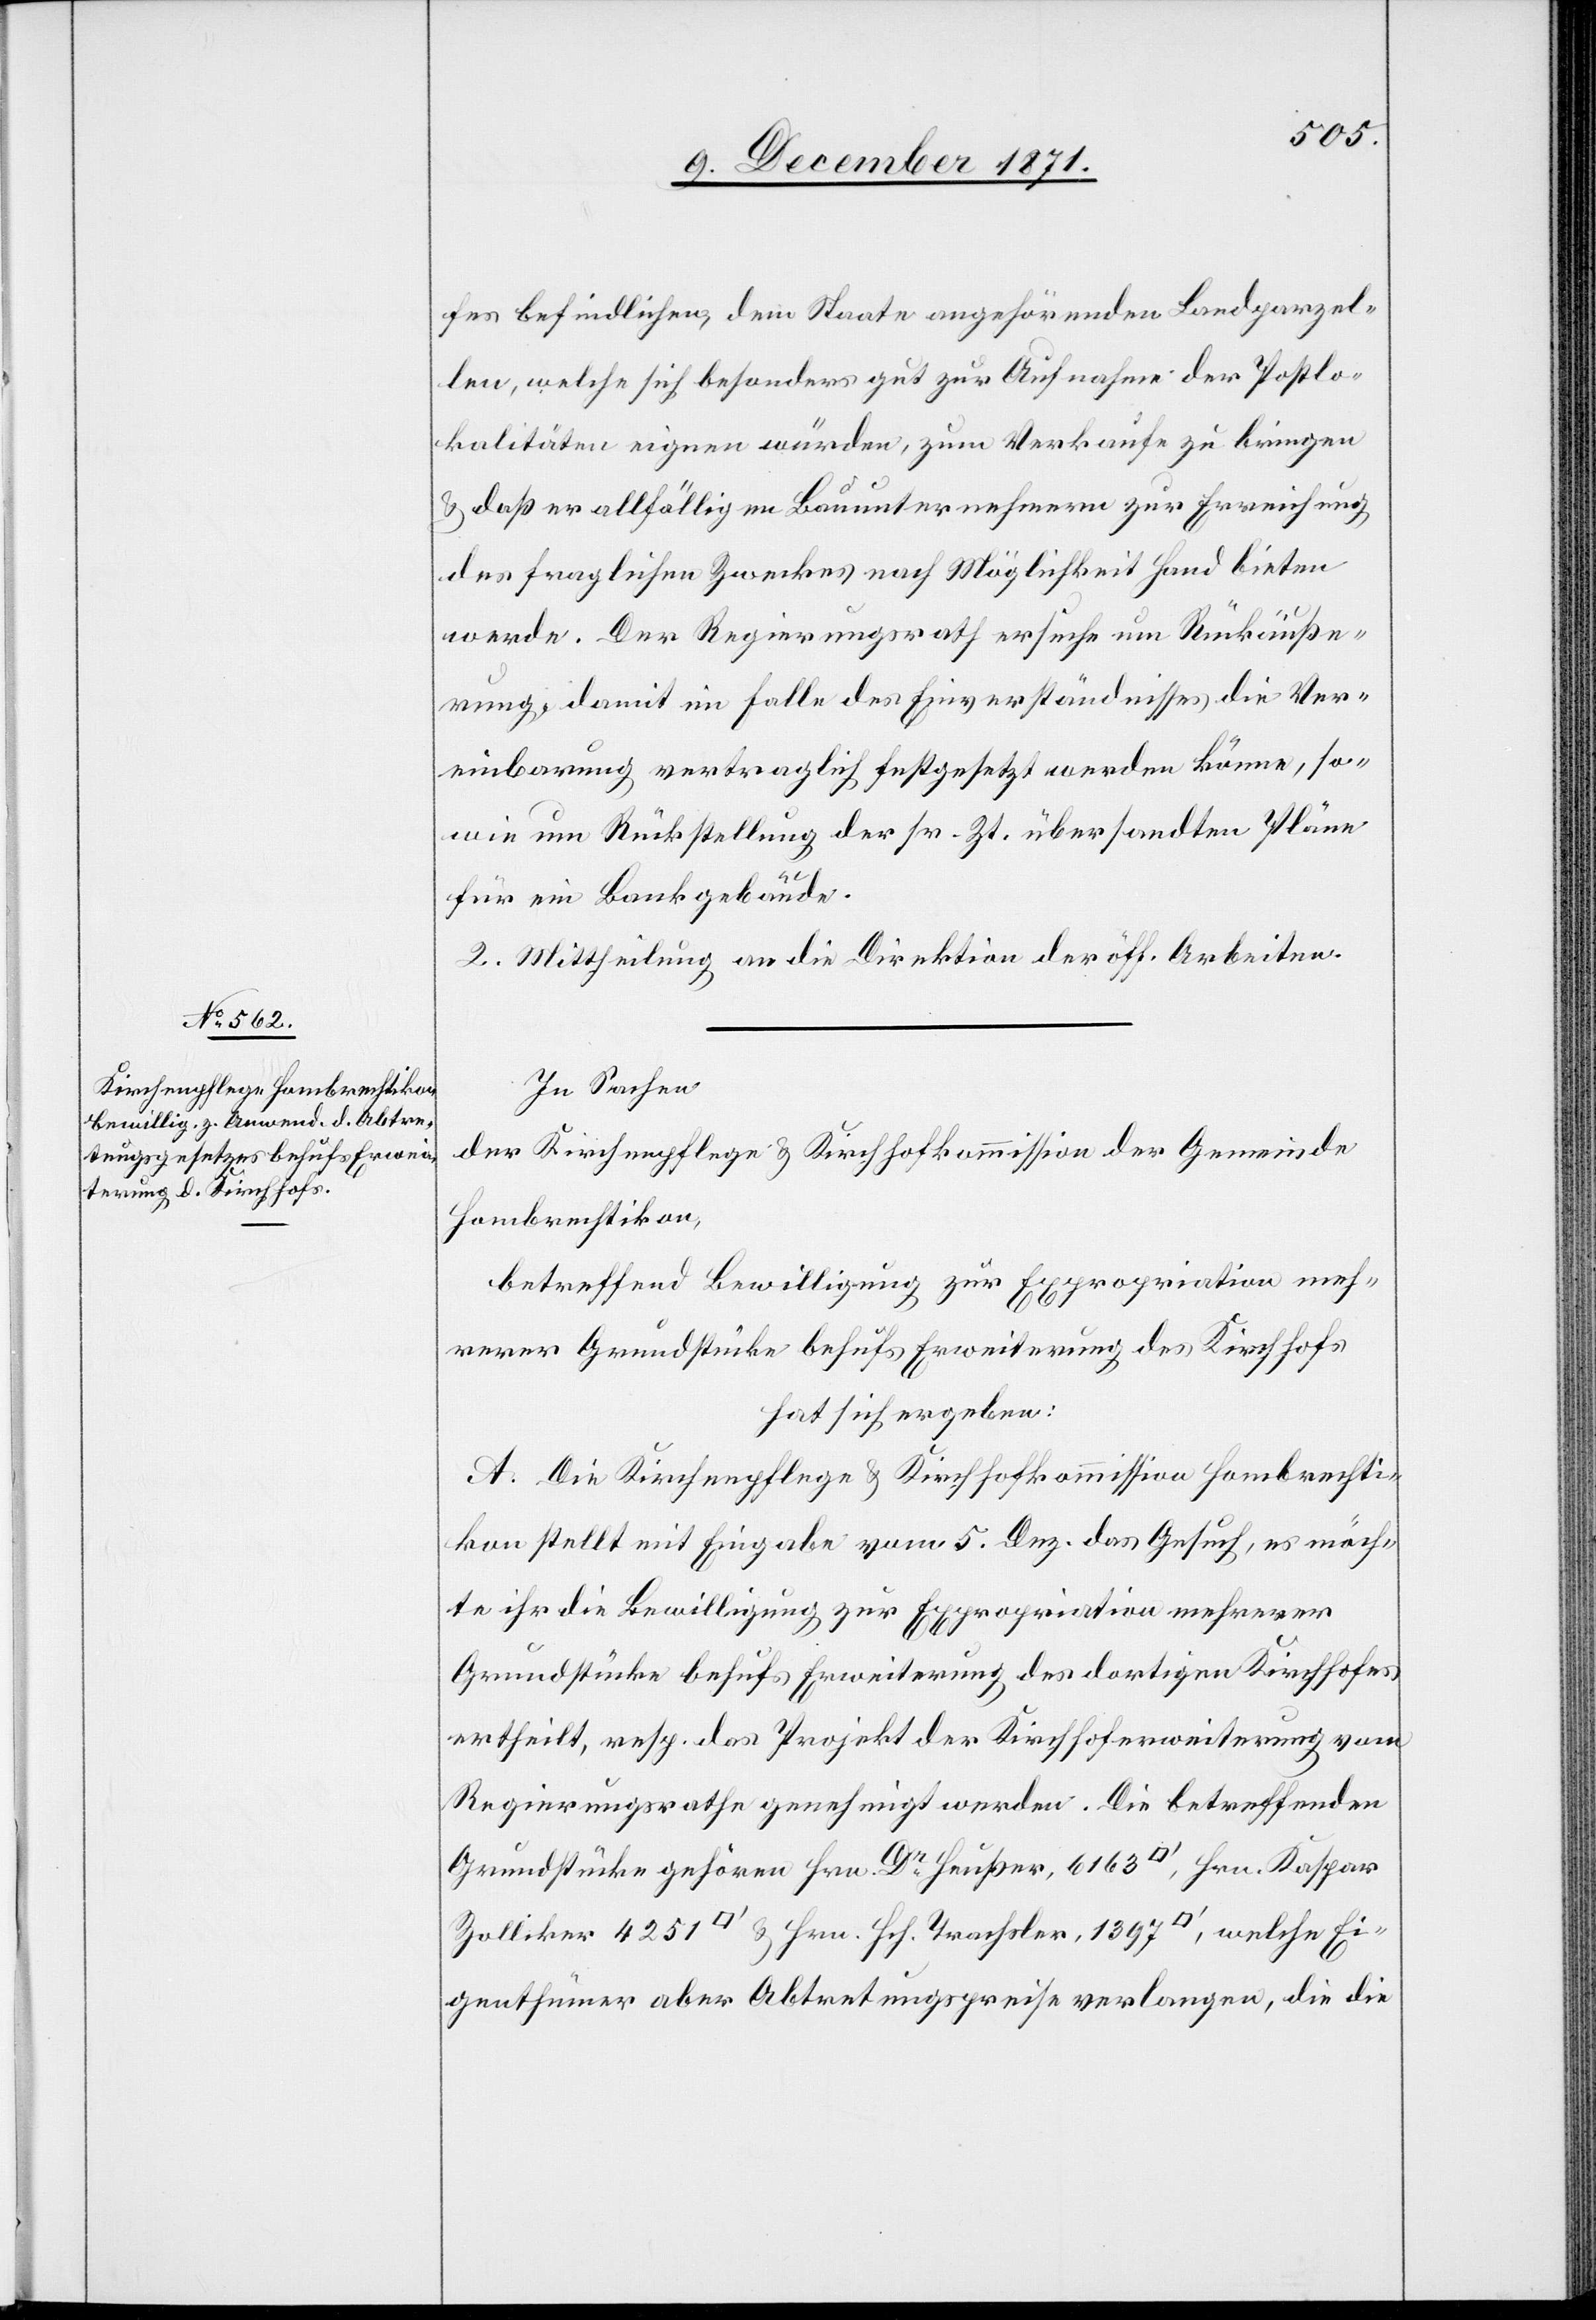
fes befindlichen, dem Staate angehörenden Landparzel¬
len, welche sich besonders gut zur Aufnahme der Postlo¬
kalitäten eignen würden, zum Verkaufe zu bringen
& daß er allfälligen Bauunternehmern zur Erreichung
des fraglichen Zweckes nach Möglichkeit Hand bieten
werde. Der Regierungsrath ersuche um Rückäuße¬
rung, damit im Falle des Einverständnisses die Ver¬
einbarung vertraglich festgesetzt werden könne, so¬
wie um Rückstellung der sr. Zt. übersandten Pläne
für ein Bankgebäude.
2. Mittheilung an die Direktion der öff. Arbeiten.
In Sachen
der Kirchenpflege & Kirchhofkommission der Gemeinde
Hombrechtikon,
betreffend Bewilligung zur Expropriation meh¬
rerer Grundstücke behufs Erweiterung des Kirchhofs
hat sich ergeben:
A. Die Kirchenpflege & Kirchhofkommission Hombrechti¬
kon stellt mit Eingabe vom 5. Dez. das Gesuch, es möch¬
te ihr die Bewilligung zur Expropriation mehrerer
Grundstücke behufs Erweiterung des dortigen Kirchhofes
ertheilt, resp. das Projekt der Kirchhoferweiterung vom
Regierungsrathe genehmigt werden. Die betreffenden
Grundstücke gehören Hrn. Dr. Heußer, 6163 [Quadratfuß], Hrn. Kaspar
Zolliker 4251 [Quadratfuß] & Hrn. Hch. Trachsler, 1397 [Quadratfuß], welche Ei¬
genthümer aber Abtretungspreise verlangen, die die